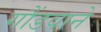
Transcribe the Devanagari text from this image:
गौंडवाने